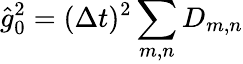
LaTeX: \hat{g}_{0}^{2}=(\Delta t)^{2}\sum_{m,n}D_{m,n}